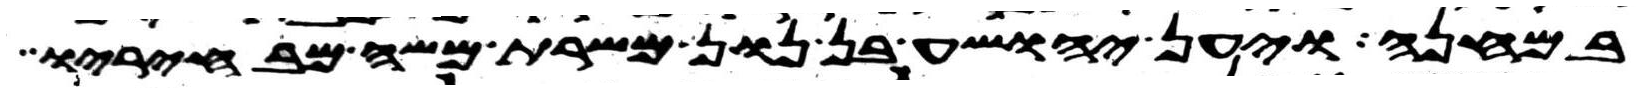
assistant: במחנה ויען יהושע בן נון משרת משה מבחיריו